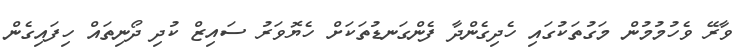
ވާރޭ ވެހުމުމުން މަގުތަކުގައި ހެދިގެންދާ ފެންގަނޑުތަކަށް ހެޔޮވަރު ސައިޒް ކުދި ދޯނިތައް ހިފައިގެން